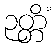
ဉတ္တိံ